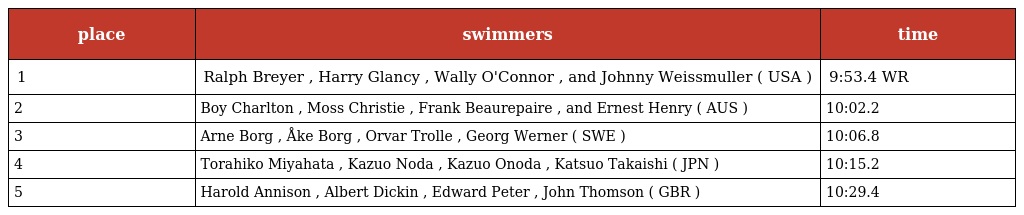
| place | swimmers | time |
 | --- | --- | --- |
 | 1 | Ralph Breyer , Harry Glancy , Wally O'Connor , and Johnny Weissmuller ( USA ) | 9:53.4 WR |
 | 2 | Boy Charlton , Moss Christie , Frank Beaurepaire , and Ernest Henry ( AUS ) | 10:02.2 |
 | 3 | Arne Borg , Åke Borg , Orvar Trolle , Georg Werner ( SWE ) | 10:06.8 |
 | 4 | Torahiko Miyahata , Kazuo Noda , Kazuo Onoda , Katsuo Takaishi ( JPN ) | 10:15.2 |
 | 5 | Harold Annison , Albert Dickin , Edward Peter , John Thomson ( GBR ) | 10:29.4 |